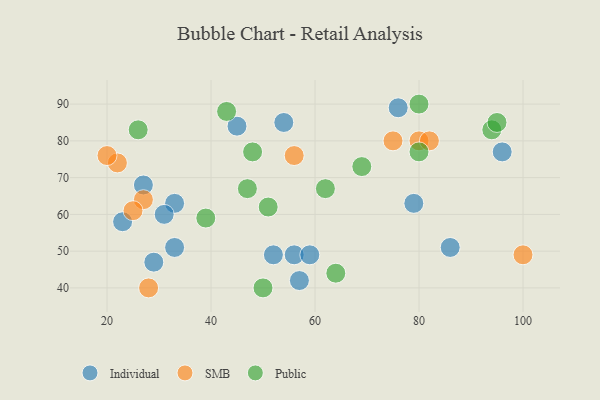
{"axis": {"x": "GDP", "y": "Life Expectancy"}, "legend": ["Individual", "Public", "SMB"], "data": [{"x": "56", "y": 49, "type": "Individual"}, {"x": "52", "y": 49, "type": "Individual"}, {"x": "79", "y": 63, "type": "Individual"}, {"x": "33", "y": 51, "type": "Individual"}, {"x": "57", "y": 42, "type": "Individual"}, {"x": "33", "y": 63, "type": "Individual"}, {"x": "86", "y": 51, "type": "Individual"}, {"x": "76", "y": 89, "type": "Individual"}, {"x": "45", "y": 84, "type": "Individual"}, {"x": "27", "y": 68, "type": "Individual"}, {"x": "23", "y": 58, "type": "Individual"}, {"x": "29", "y": 47, "type": "Individual"}, {"x": "54", "y": 85, "type": "Individual"}, {"x": "31", "y": 60, "type": "Individual"}, {"x": "96", "y": 77, "type": "Individual"}, {"x": "59", "y": 49, "type": "Individual"}, {"x": "28", "y": 40, "type": "SMB"}, {"x": "80", "y": 80, "type": "SMB"}, {"x": "82", "y": 80, "type": "SMB"}, {"x": "27", "y": 64, "type": "SMB"}, {"x": "100", "y": 49, "type": "SMB"}, {"x": "56", "y": 76, "type": "SMB"}, {"x": "22", "y": 74, "type": "SMB"}, {"x": "25", "y": 61, "type": "SMB"}, {"x": "75", "y": 80, "type": "SMB"}, {"x": "20", "y": 76, "type": "SMB"}, {"x": "80", "y": 90, "type": "Public"}, {"x": "62", "y": 67, "type": "Public"}, {"x": "50", "y": 40, "type": "Public"}, {"x": "64", "y": 44, "type": "Public"}, {"x": "51", "y": 62, "type": "Public"}, {"x": "39", "y": 59, "type": "Public"}, {"x": "94", "y": 83, "type": "Public"}, {"x": "80", "y": 77, "type": "Public"}, {"x": "26", "y": 83, "type": "Public"}, {"x": "48", "y": 77, "type": "Public"}, {"x": "47", "y": 67, "type": "Public"}, {"x": "95", "y": 85, "type": "Public"}, {"x": "43", "y": 88, "type": "Public"}, {"x": "69", "y": 73, "type": "Public"}]}